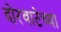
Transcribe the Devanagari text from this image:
दोरवाटेच्या